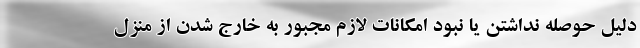
دلیل حوصله نداشتن یا نبود امکانات لازم مجبور به خارج شدن از منزل